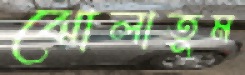
ঝোলাতুম